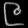
Digit: ၉